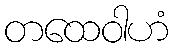
တထေဝါဟံ